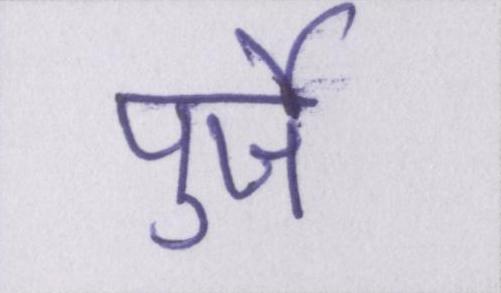
पुर्जे